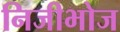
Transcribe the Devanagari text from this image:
निजीभोज